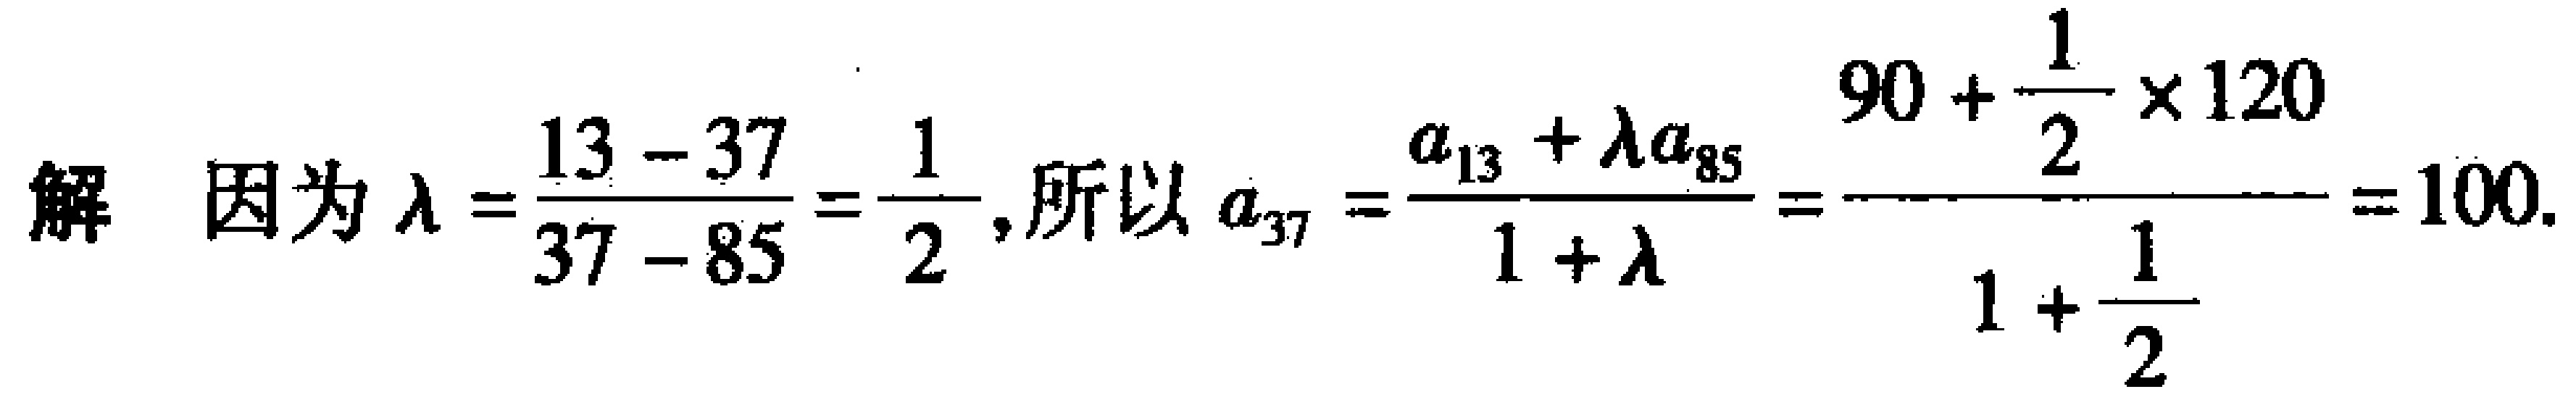
解 因为\(\lambda = \frac{13 - 37}{37 - 85} = \frac{1}{2}\), 所以\(a_{37} = \frac{a_{13} + \lambda a_{85}}{1 + \lambda} = \frac{90 + \frac{1}{2} \times 120}{1 + \frac{1}{2}} = 100\).